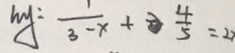
h y : \frac { 1 } { 3 - x } + \frac { 4 } { 5 } = 2